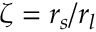
\zeta = r _ { s } / r _ { l }